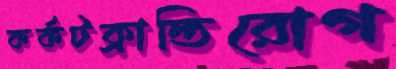
কর্কটক্রান্তিরোগ